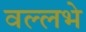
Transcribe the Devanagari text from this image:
वल्लभे